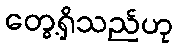
တွေ့ရှိသည်ဟု